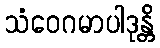
သံဝေဂမာပါဒုန္တိ